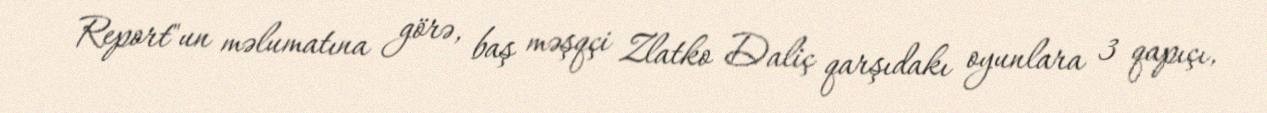
Report"un məlumatına görə, baş məşqçi Zlatko Daliç qarşıdakı oyunlara 3 qapıçı,